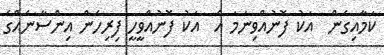
ކަމާއިގެން  އަކު ފޮނުއްވިނަމަ އެ  އަކު ފޮނުއްވީހީ ފިރިހެން އިންސާނެއްގެ